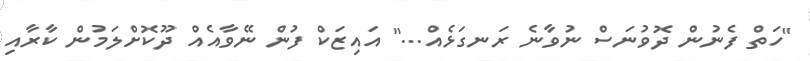
"ހަތް ފެނުން ދޮވުނަސް ނުވާނެ ރަނގަޅެއް..." އައިޒަކް ފުން ނޭވާއެއް ދޫކޮށްލަމުން ކާރާއި